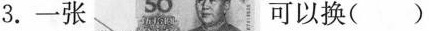
3.一张 可以换()